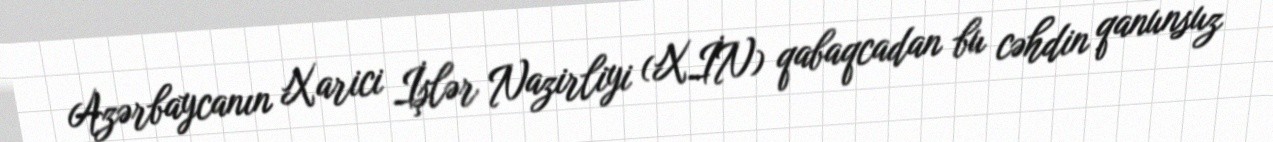
Azərbaycanın Xarici İşlər Nazirliyi (XİN) qabaqcadan bu cəhdin qanunsuz